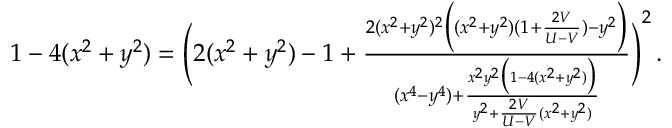
\begin{array} { r } { 1 - 4 ( x ^ { 2 } + y ^ { 2 } ) = \Bigg ( 2 ( x ^ { 2 } + y ^ { 2 } ) - 1 + \frac { 2 ( x ^ { 2 } + y ^ { 2 } ) ^ { 2 } \Big ( ( x ^ { 2 } + y ^ { 2 } ) ( 1 + \frac { 2 V } { U - V } ) - y ^ { 2 } \Big ) } { ( x ^ { 4 } - y ^ { 4 } ) + \frac { x ^ { 2 } y ^ { 2 } \big ( 1 - 4 ( x ^ { 2 } + y ^ { 2 } ) \big ) } { y ^ { 2 } + \frac { 2 V } { U - V } ( x ^ { 2 } + y ^ { 2 } ) } } \Bigg ) ^ { 2 } \, . } \end{array}